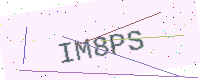
Text: IM8PS